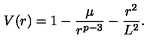
V ( r ) = 1 - { \frac { \mu } { r ^ { p - 3 } } } - { \frac { r ^ { 2 } } { L ^ { 2 } } } .